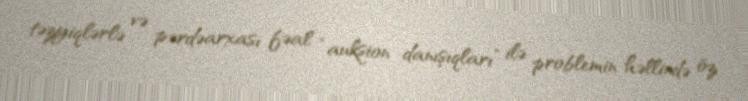
təzyiqlərlə və pərdəarxası fəal “auksion danışıqları” ilə problemin həllində öz